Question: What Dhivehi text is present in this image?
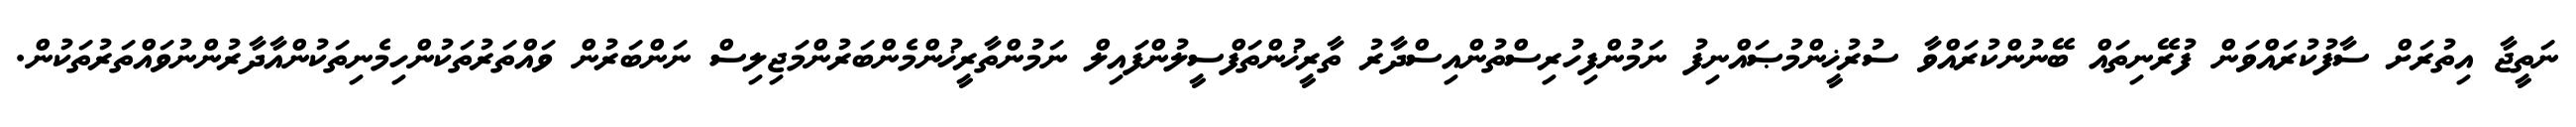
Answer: ނަތީޖާ އިތުރަށް ސާފުކުރައްވަން ފުރޭނިތައް ބޭނުންކުރައްވާ ސުރުޚީންމުޞައްނިފު ނަމުންފިހުރިސްތުންއިސްދާރު ތާރީޚުންތަފްސީލުންފައިލް ނަމުންތާރީޚުންމެންބަރުންމަޖިލިސް ނަންބަރުން ވައްތަރުތަކުންހިމެނިތަކުންއާދާރުންނުވައްތަރުތަކުން.